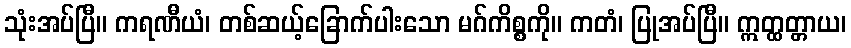
သုံးအပ်ပြီ။ ကရဏီယံ၊ တစ်ဆယ့်ခြောက်ပါးသော မဂ်ကိစ္စကို။ ကတံ၊ ပြုအပ်ပြီ။ ဣတ္ထတ္တာယ၊